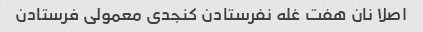
اصلا نان هفت غله نفرستادن کنجدی معمولی فرستادن